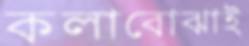
কলাবোঝাই